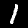
Label: 1